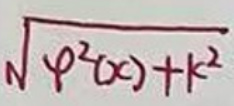
\sqrt { \varphi ^ { 2 } ( x ) + k ^ { 2 } }